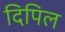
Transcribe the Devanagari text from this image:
दिपिल